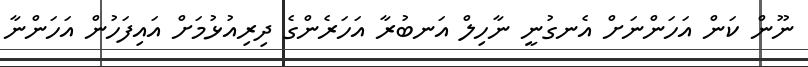
ނޫން ކަން އަހަންނަށް އެނގުނީ ނާހިލް އަނބުރާ އަހަރެންގެ ދިރިއުޅުމަށް އައިފަހުން އަހަންނާ